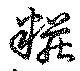
糚